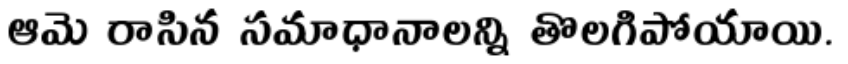
ఆమె రాసిన సమాధానాలన్ని తొలగిపోయాయి.